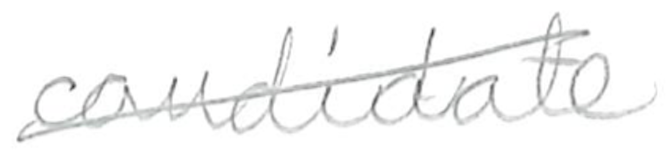
Text: candidate
Cross-out: diagonal
Writing tool: pencil